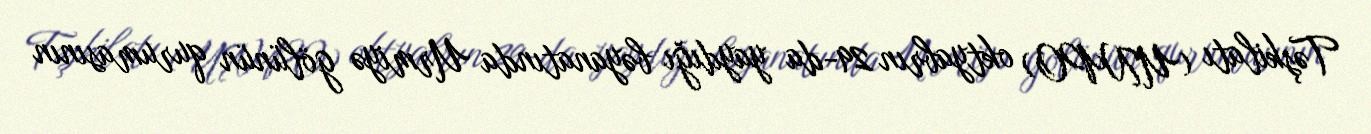
Təşkilatı (UNPO) oktyabrın 29-da yaydığı bəyanatında Urmiyə gölünün qurumasının